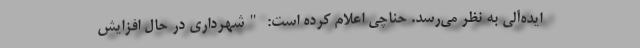
ایده‌آلی به نظر می‌رسد. حناچی اعلام کرده است: "شهرداری در حال افزایش